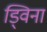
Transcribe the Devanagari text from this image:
ड्विना